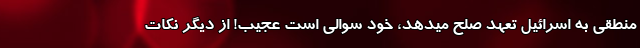
منطقی به اسرائیل تعهد صلح میدهد، خود سوالی است عجیب! از دیگر نکات